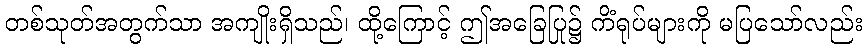
တစ်သုတ်အတွက်သာ အကျိုးရှိသည်၊ ထို့ကြောင့် ဤအခြေပြု၌ ကိံရုပ်များကို မပြသော်လည်း